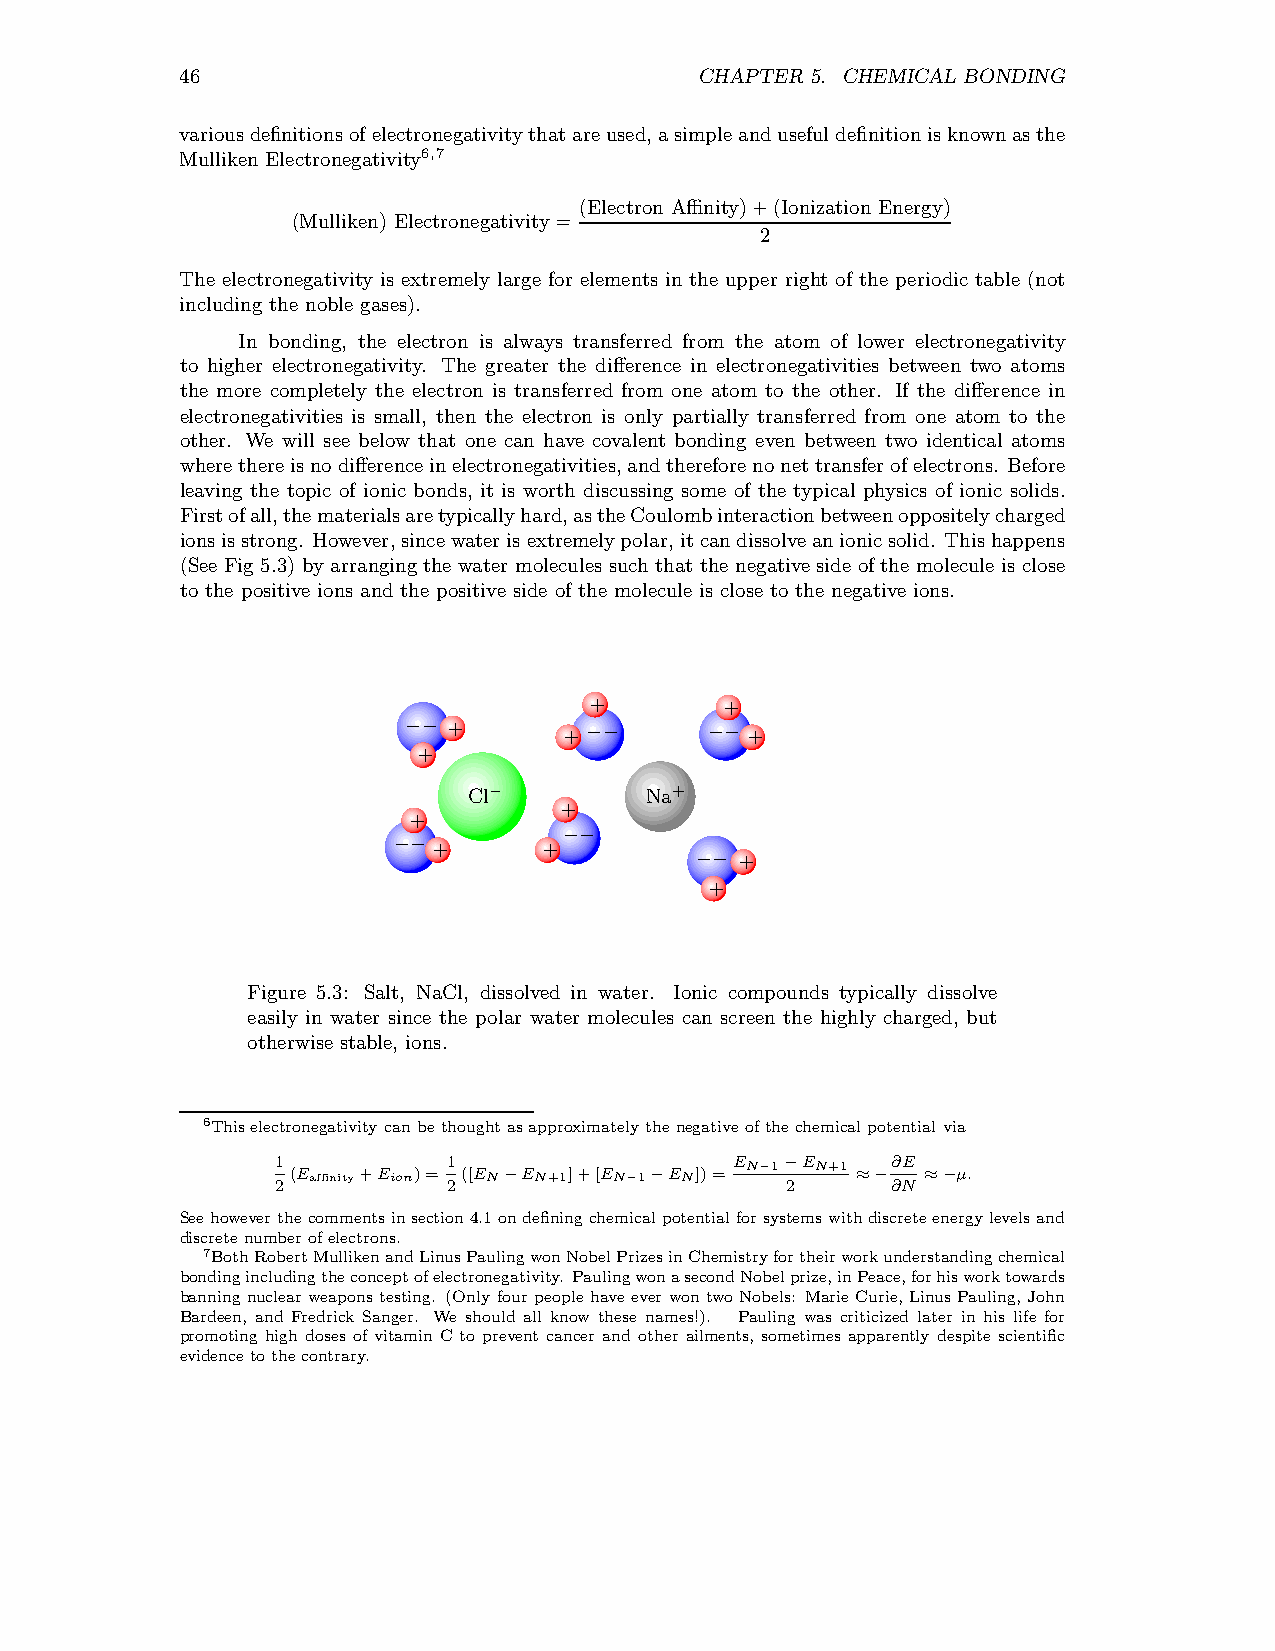
46                                CHAPTER 5. CHEMICAL BONDING
 variousdefinitionsofelectronegativitythatareused,asimpleandusefuldefinitionisknownasthe
 Mulliken Electronegativity6,7
 (Electron Affinity)+(Ionization Energy)
 (Mulliken) Electronegativity=
 2
 The electronegativity is extremely large for elements in the upper right of the periodic table (not
 including the noble gases).
 In bonding, the electron is always transferred from the atom of lower electronegativity
 to higher electronegativity. The greater the difference in electronegativities between two atoms
 the more completely the electron is transferred from one atom to the other. If the difference in
 electronegativities is small, then the electron is only partially transferred from one atom to the
 other. We will see below that one can have covalent bonding even between two identical atoms
 wherethereisnodifferenceinelectronegativities,andthereforenonettransferofelectrons. Before
 leaving the topic of ionic bonds, it is worth discussing some of the typical physics of ionic solids.
 Firstofall,thematerialsaretypicallyhard,astheCoulombinteractionbetweenoppositelycharged
 ionsisstrong. However,sincewaterisextremelypolar,itcandissolveanionicsolid. Thishappens
 (See Fig 5.3) by arrangingthe water molecules such that the negative side of the molecule is close
 to the positive ions and the positive side of the molecule is close to the negative ions.
 +        +
 +
 −−        + −−      −−+
 +
 Cl−         Na+
 +
 +
 +      +−−
 −−                     +
 −−
 +
 Figure 5.3: Salt, NaCl, dissolved in water. Ionic compounds typically dissolve
 easily in water since the polar water molecules can screen the highly charged, but
 otherwise stable, ions.
 6Thiselectronegativity canbethought asapproximatelythenegative ofthechemicalpotential via
 1
 2(E affinity+Eion)=
 1
 2([EN−EN+1]+[EN−1−EN])=
 EN−1−
 2
 EN+1 ≈−∂∂ NE
 ≈−µ.
 Seehoweverthecommentsinsection4.1ondefiningchemicalpotential forsystemswithdiscreteenergylevelsand
 discretenumberofelectrons.
 7BothRobertMullikenandLinusPaulingwonNobelPrizesinChemistryfortheirworkunderstandingchemical
 bondingincludingtheconceptofelectronegativity. PaulingwonasecondNobelprize,inPeace,forhisworktowards
 banning nuclear weapons testing. (Only four people have ever wontwo Nobels: MarieCurie, Linus Pauling, John
 Bardeen, and Fredrick Sanger. We should all know these names!). Pauling was criticized later in his life for
 promoting high doses of vitamin C to prevent cancer and other ailments, sometimes apparently despite scientific
 evidencetothecontrary.